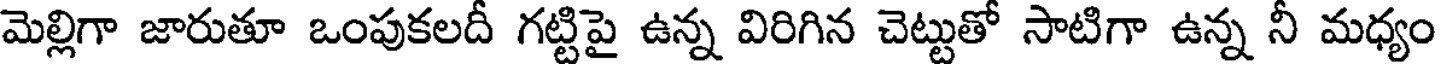
మెల్లిగా జారుతూ ఒంపుకలదీ గట్టిపై ఉన్న విరిగిన చెట్టుతో సాటిగా ఉన్న నీ మధ్యం